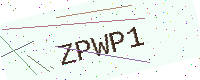
Text: ZPWP1